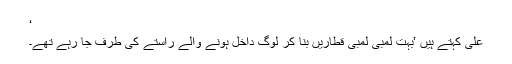
‘
علی کہتے ہیں ’بہت لمبی لمبی قطاریں بنا کر لوگ داخل ہونے والے راستے کی طرف جا رہے تھے۔